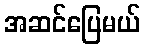
အဆင်ပြေမယ်